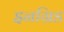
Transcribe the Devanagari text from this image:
इनग्रिड